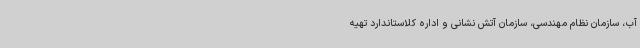
آب، سازمان نظام مهندسی، سازمان آتش نشانی و اداره کلاستاندارد تهیه